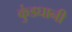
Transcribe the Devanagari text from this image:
कुंडघानी